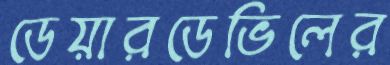
ডেয়ারডেভিলের